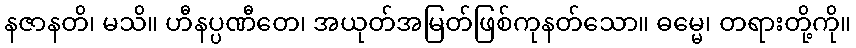
နဇာနတိ၊ မသိ။ ဟီနပ္ပဏီတေ၊ အယုတ်အမြတ်ဖြစ်ကုနတ်သော။ ဓမ္မေ၊ တရားတို့ကို။